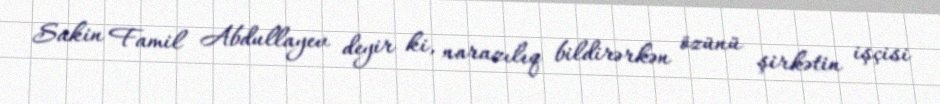
Sakin Famil Abdullayev deyir ki, narazılıq bildirərkən özünü şirkətin işçisi